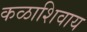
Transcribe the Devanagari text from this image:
कळाशिवाय